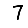
Digit: 7